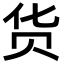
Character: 货